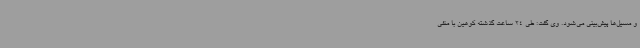
و مسیل‌ها پیش‌بینی می‌شود. وی گفت: طی 24 ساعت گذشته کوهین با منفی